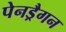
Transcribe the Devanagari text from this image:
पेनड्रैगन